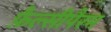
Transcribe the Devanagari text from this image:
फ़ैल्सीपैरम